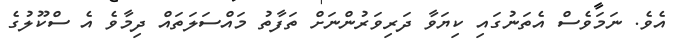
އެވެ. ނަމަވެސް އެތަނުގައި ކިޔަވާ ދަރިވަރުންނަށް ތަފާތު މައްސަލަތައް ދިމާވެ އެ ސްކޫލުގެ